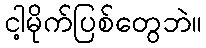
ငါ့မိုက်ပြစ်တွေဘဲ။